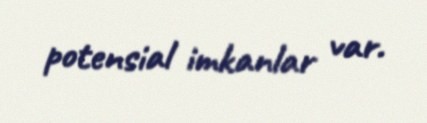
potensial imkanlar var.